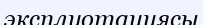
эксплуотациясы